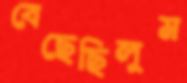
বেছেছিলুম